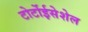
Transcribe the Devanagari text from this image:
टोर्टोईसेशेल